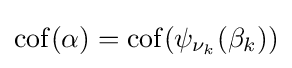
\operatorname {cof} (\alpha )=\operatorname {cof} (\psi _{\nu _{k}}(\beta _{k}))